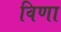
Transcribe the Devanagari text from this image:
विणा